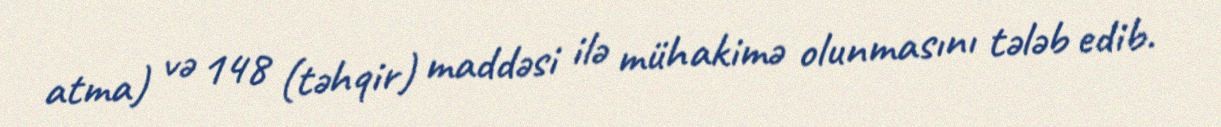
atma) və 148 (təhqir) maddəsi ilə mühakimə olunmasını tələb edib.